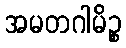
အမတဂါမိဉ္စ